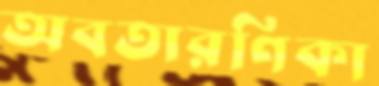
অবতারণিকা